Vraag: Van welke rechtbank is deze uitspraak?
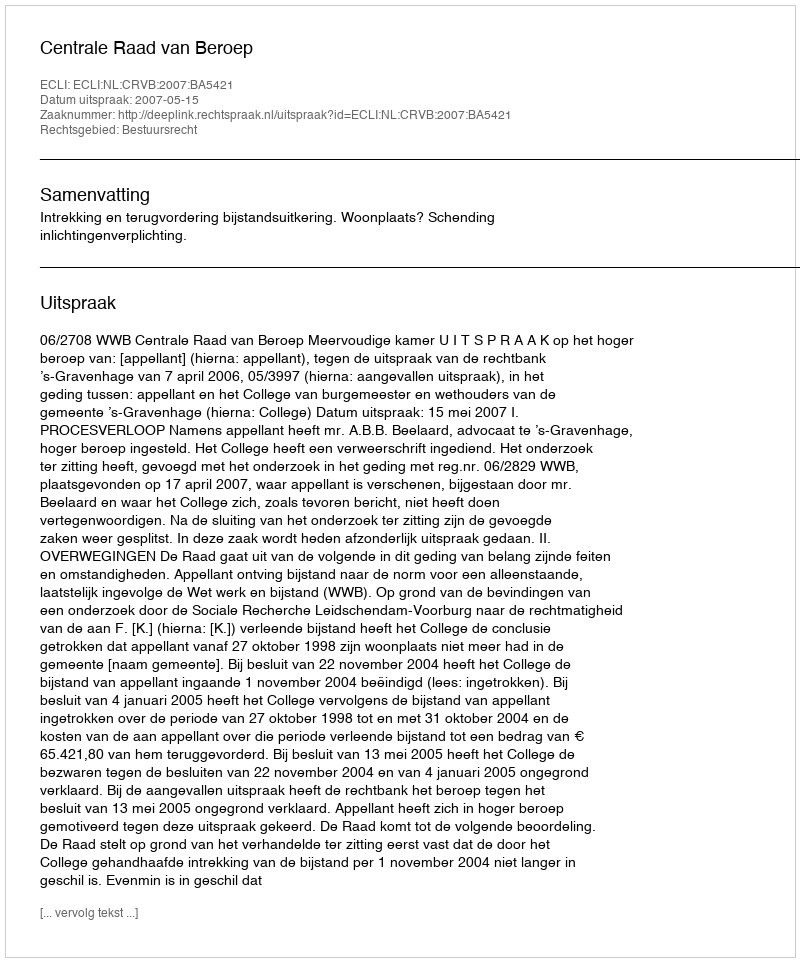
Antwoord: Centrale Raad van Beroep